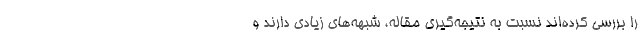
را بررسی کرده‌اند نسبت به نتیجه‌گیری مقاله، شبهه‌های زیادی دارند و